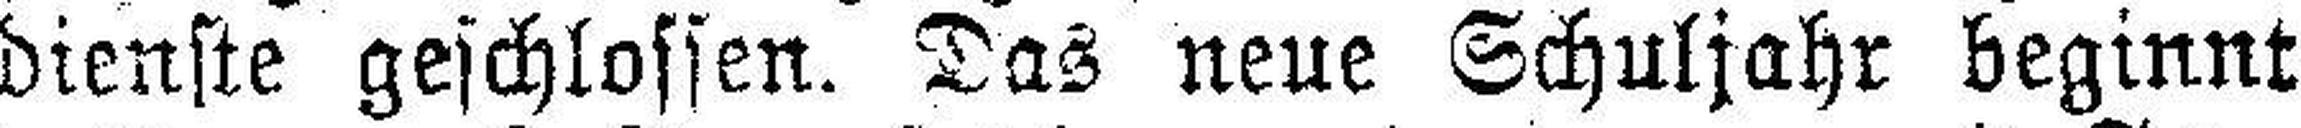
dienste geschlossen. Das neue Schuljahr beginnt